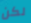
لكن